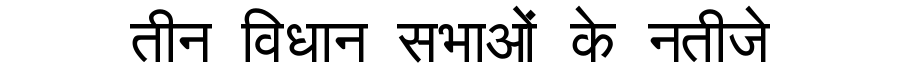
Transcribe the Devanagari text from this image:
तीन विधान सभाओं के नतीजे